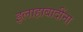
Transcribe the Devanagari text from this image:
इलाहाबादींना